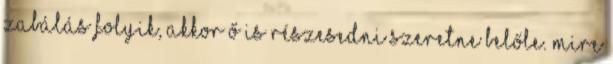
zabálás folyik, akkor ő is részesedni szeretne belőle. Mire